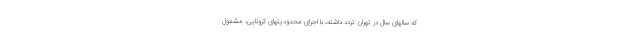
که سالهای سال در تهران تردد داشته، با اجرای محدودیتهای کرونایی، مشمول